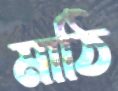
মাঠি